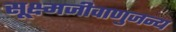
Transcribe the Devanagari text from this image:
सूक्ष्मजीवाणुजन्य